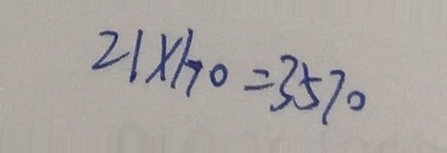
2 1 \times 1 7 0 = 3 5 7 0